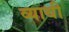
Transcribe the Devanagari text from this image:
व्याथी